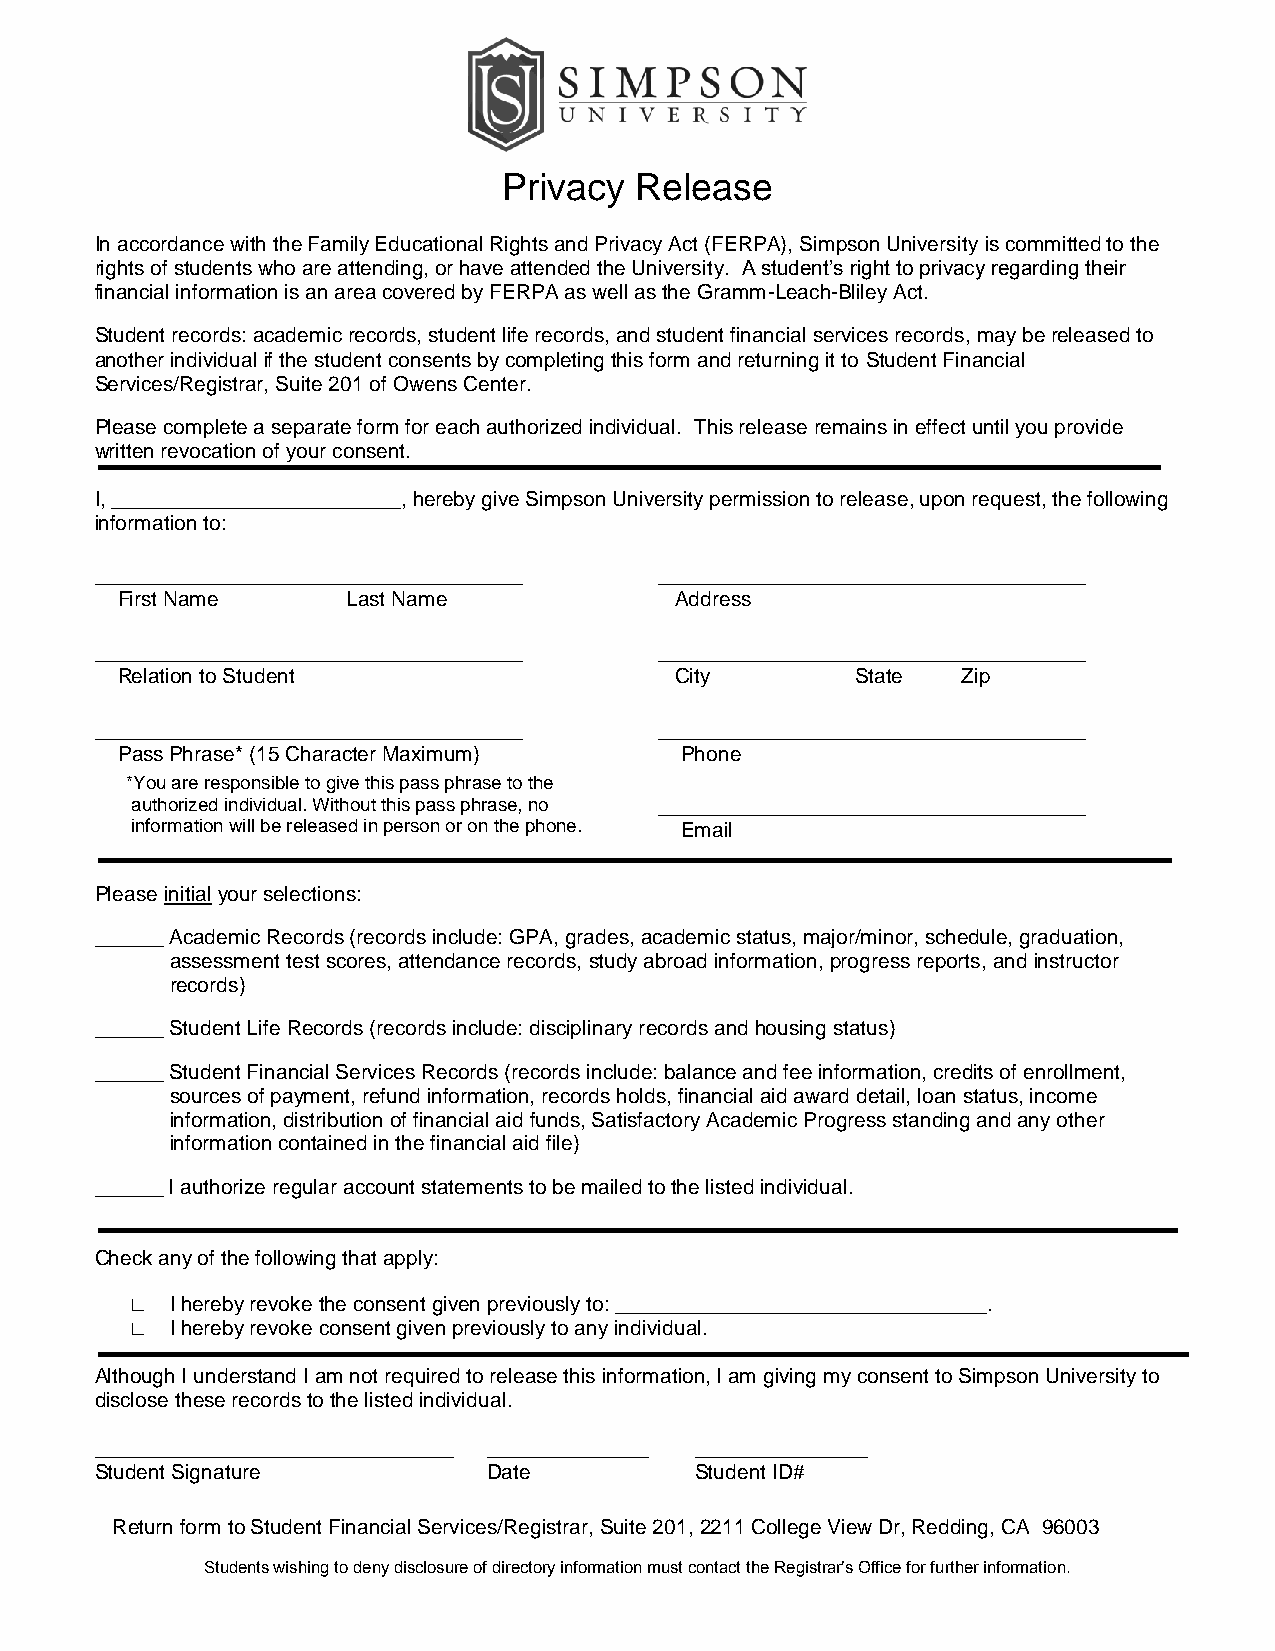
Privacy  Release
 In accordance with the Family Educational Rights and Privacy Act (FERPA), Simpson University is committed to the
 rights of students who are attending, or have attended the University. A student’s right to privacy regarding their
 financial information is an area covered by FERPA as well as the Gramm-Leach-Bliley Act.
 Student records: academic records, student life records, and student financial services records, may be released to
 another individual if the student consents by completing this form and returning it to Student Financial
 Services/Registrar, Suite 201 of Owens Center.
 Please complete a separate form for each authorized individual. This release remains in effect until you provide
 written revocation of your consent.
 I, _________________________, hereby give Simpson University permission to release, upon request, the following
 information to:
 _____________________________________ _____________________________________
 First Name     Last Name             Address
 _____________________________________ _____________________________________
 Relation to Student                  City        State  Zip
 _____________________________________ _____________________________________
 Pass Phrase* (15 Character Maximum)  Phone
 *You are responsible to give this pass phrase to the
 authorized individual. Without this pass phrase, no _____________________________________
 information will be released in person or on the phone. Email
 Please initial your selections:
 ______ Academic Records (records include: GPA, grades, academic status, major/minor, schedule, graduation,
 assessment test scores, attendance records, study abroad information, progress reports, and instructor
 records)
 ______ Student Life Records (records include: disciplinary records and housing status)
 ______ Student Financial Services Records (records include: balance and fee information, credits of enrollment,
 sources of payment, refund information, records holds, financial aid award detail, loan status, income
 information, distribution of financial aid funds, Satisfactory Academic Progress standing and any other
 information contained in the financial aid file)
 ______ I authorize regular account statements to be mailed to the listed individual.
 Check any of the following that apply:
 □ I hereby revoke the consent given previously to: ________________________________.
 □ I hereby revoke consent given previously to any individual.
 Although I understand I am not required to release this information, I am giving my consent to Simpson University to
 disclose these records to the listed individual.
 _______________________________ ______________ _______________
 Student Signature         Date          Student ID#
 Return form to Student Financial Services/Registrar, Suite 201, 2211 College View Dr, Redding, CA 96003
 Students wishing to deny disclosure of directory information must contact the Registrar’s Office for further information.